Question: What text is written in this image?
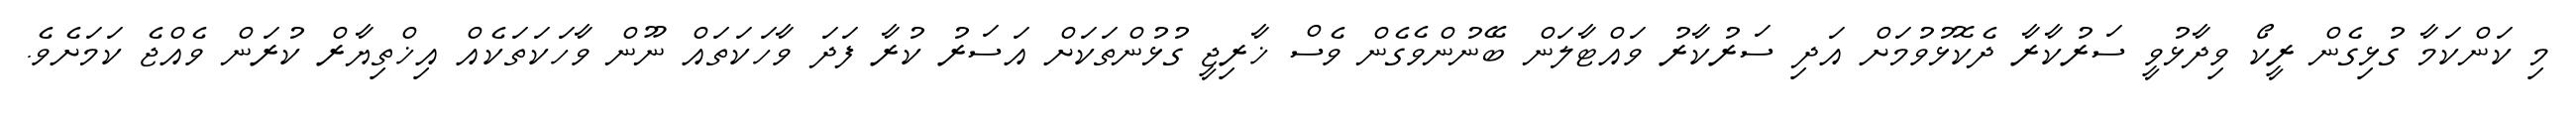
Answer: މި ކަންކަމާ ގުޅިގެން ރީކޯ ވިދާޅުވީ ސަރުކާރާ ދެކޮޅުވުމަށް އަދި ސަރުކާރު ވައްޓާލަން ބޭނުންވެގެން ވެސް ޚާރިޖީ ގުޅުންތަކަށް އަސަރު ކުރާ ފަދަ ވާހަކަތައް ނޫން ވާހަކަތަކެއް އިޚްތިޔާރް ކުރަން ވެއްޖެ ކަމަށެވެ.